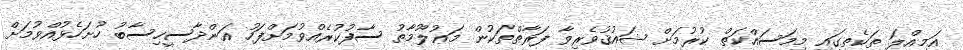
އަމިއްލަ ތަކެތީގައި މިމަސައްކަތް ކުރުމަށް ޝައުޤުވެރިވާ ފަރާތްތަކުން މަޢުލޫމާތު ސާފުކުރެއްވުމަށްފަހު އަންދާސީހިސާބު ހުށަހެޅުއްވުމަށް